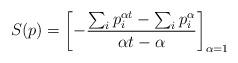
LaTeX: \begin{align*}S(p)=\left[-\frac{\sum_{i}p^{\alpha t}_{i}-\sum_{i}p^{\alpha}_{i}}{\alpha t-\alpha}\right]_{\alpha=1}\end{align*}